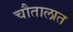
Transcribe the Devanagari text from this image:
चौतालात